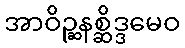
အာဝိဉ္ဆနစ္ဆိဒ္ဒမေဝ